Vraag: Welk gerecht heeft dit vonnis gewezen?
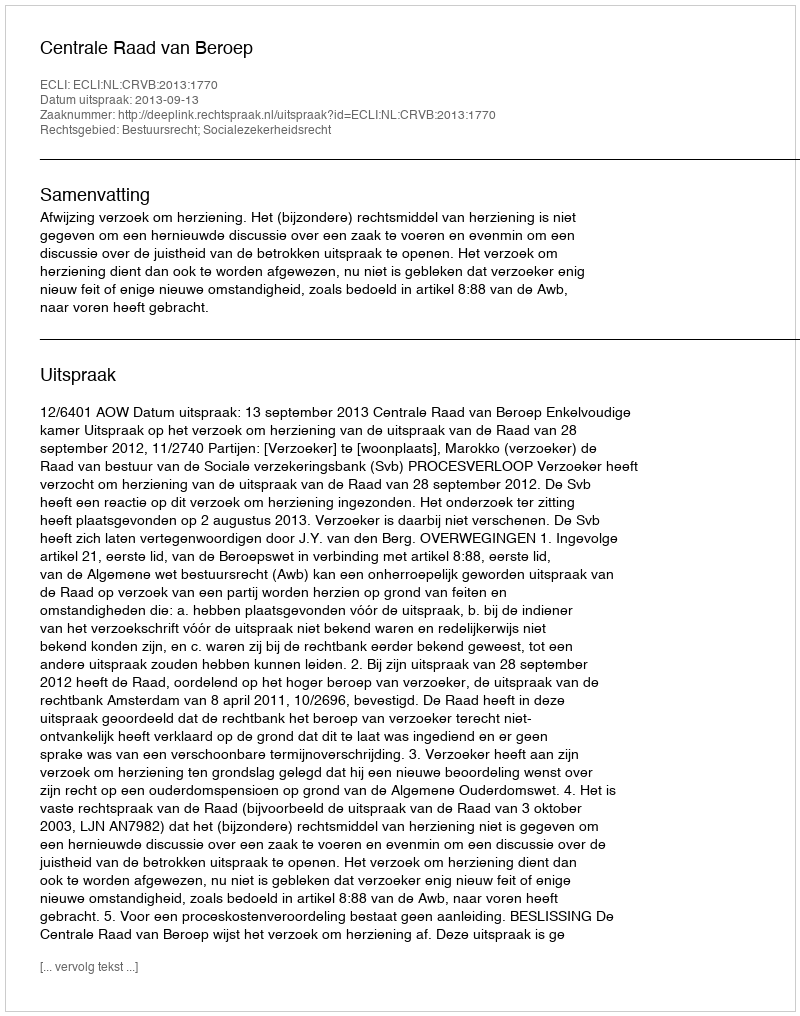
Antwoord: Centrale Raad van Beroep